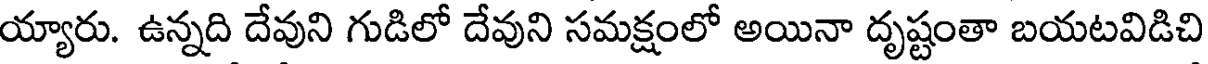
య్యారు. ఉన్నది దేవుని గుడిలో దేవుని సమక్షంలో అయినా దృష్టంతా బయటవిడిచి